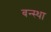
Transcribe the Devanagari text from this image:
बन्स्था